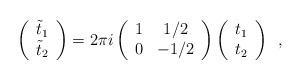
LaTeX: \begin{align*}\left(\begin{array}{c}{\tilde{t}}_1 \\{\tilde{t}}_2\end{array}\right)=2 \pi i\left(\begin{array}{cc}1 & 1/2 \\0 & -1/2\end{array}\right)\left(\begin{array}{c}t_1 \\t_2\end{array}\right)\,\,\,,\end{align*}